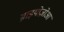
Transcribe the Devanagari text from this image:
ब्राइयोज़ोआ